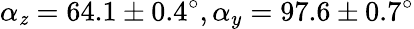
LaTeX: \alpha_{\mathit{z}}=64.1\pm0.4^{\circ},\alpha_{y}=97.6\pm0.7^{\circ}